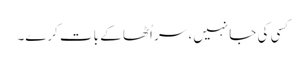
کسی کی جا نہیں، سر اُٹھا کے بات کرے۔